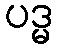
ပဒ္မ